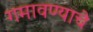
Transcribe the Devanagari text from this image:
गमावण्याचे